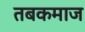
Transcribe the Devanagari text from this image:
तबकमाज